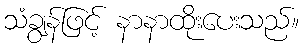
သံချွန်ဖြင့် နာနာထိုးပေးသည်။